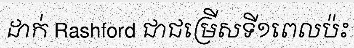
ដាក់ Rashford ជាជម្រើសទី១ពេលប៉ះ